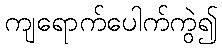
ကျရောက်ပေါက်ကွဲ၍